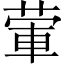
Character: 葷